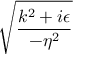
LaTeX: \sqrt { \frac { k ^ { 2 } + i \epsilon } { - \eta ^ { 2 } } }